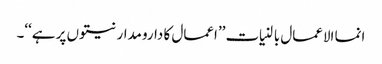
انما الاعمال بالنیات ’’اعمال کا دارومدار نیتوں پر ہے‘‘۔